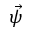
\vec { \psi }